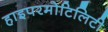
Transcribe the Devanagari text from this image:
हाइपरमोटिलिटी